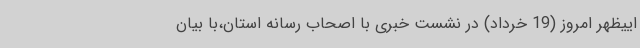
اییظهر امروز (19 خرداد) در نشست خبری با اصحاب رسانه استان،با بیان